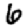
Digit: 6